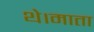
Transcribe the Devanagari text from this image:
थे।माता